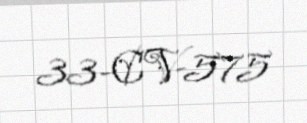
33-CV-575